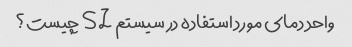
واحد دمای مورد استفاده در سیستم SI چیست؟